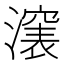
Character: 𣿵